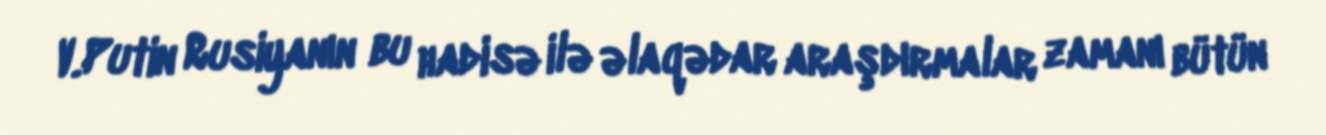
V.Putin Rusiyanın bu hadisə ilə əlaqədar araşdırmalar zamanı bütün